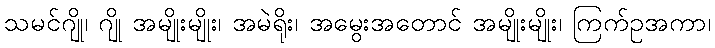
သမင်ဂျို၊ ဂျို အမျိုးမျိုး၊ အမဲရိုး၊ အမွေးအတောင် အမျိုးမျိုး၊ ကြက်ဥအကာ၊